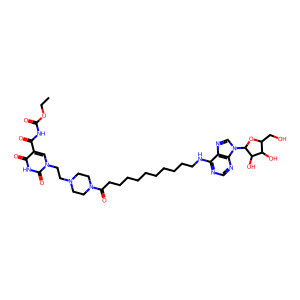
SMILES: CCOC(=O)NC(=O)c1cn(CCN2CCN(C(=O)CCCCCCCCCCNc3ncnc4c3ncn4C3OC(CO)C(O)C3O)CC2)c(=O)[nH]c1=O
Inhibits HIV replication: No